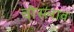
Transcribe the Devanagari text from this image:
वोस्लाव